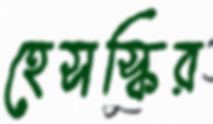
হেসস্কির